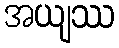
အယျဿ